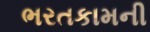
ભરતકામની